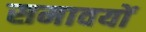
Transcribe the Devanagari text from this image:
समावयों